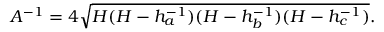
A ^ { - 1 } = 4 { \sqrt { H ( H - h _ { a } ^ { - 1 } ) ( H - h _ { b } ^ { - 1 } ) ( H - h _ { c } ^ { - 1 } ) } } .